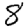
Digit: 8